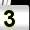
Digit: 3